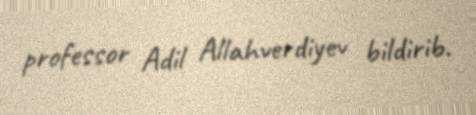
professor Adil Allahverdiyev bildirib.